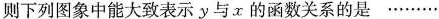
则下列图象中能大致表示y与x的函数关系的是……..